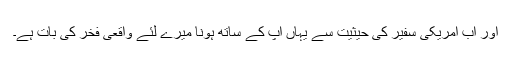
اور اب امریکی سفیر کی حیثیت سے یہاں آپ کے ساتھ ہونا میرے لئے واقعی فخر کی بات ہے۔